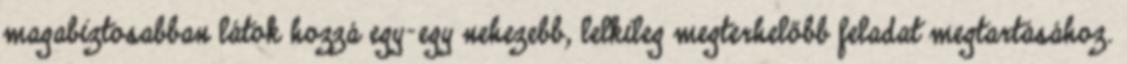
magabiztosabban látok hozzá egy-egy nehezebb, lelkileg megterhelőbb feladat megtartásához.